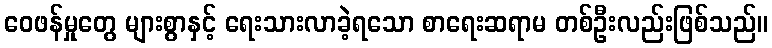
ဝေဖန်မှုတွေ များစွာနှင့် ရေးသားလာခဲ့ရသော စာရေးဆရာမ တစ်ဦးလည်းဖြစ်သည်။